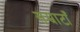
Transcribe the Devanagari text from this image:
सम्राटाँ